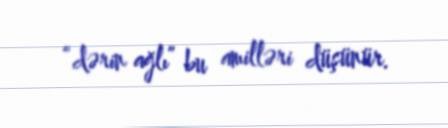
“dərin ağlı” bu amilləri düşünür.